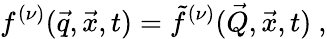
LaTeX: f^{(\nu)}(\vec{q},\vec{x},t)=\tilde{f}^{(\nu)}(\vec{Q},\vec{x},t)~,